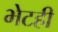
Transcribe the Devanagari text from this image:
भेटही